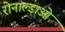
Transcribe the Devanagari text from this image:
रोनाल्डाओ